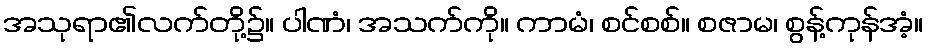
အသုရာ၏လက်တို့၌။ ပါဏံ၊ အသက်ကို။ ကာမံ၊ စင်စစ်။ စဇာမ၊ စွန့်ကုန်အံ့။